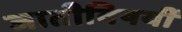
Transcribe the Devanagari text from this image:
जातीविषयीं